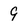
Character: g